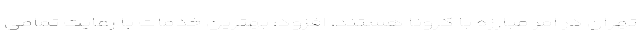
تهران در امر مبارزه با کرونا هستند، افزود: بهترین خدمات با رعایت تمامی